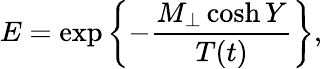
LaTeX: E=\exp\left\{ -\frac{M_{\perp}\cosh Y}{T(t)}\right\} ,